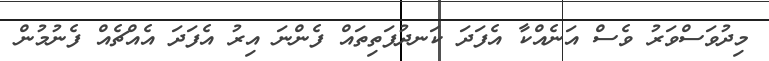
މިދުވަސްވަރު ވެސް އަނެއްކާ އެފަދަ ކަނދުފަތިތައް ފެންނަ އިރު އެފަދަ އެއްޗެއް ފެނުމުން